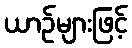
ယာဉ်များဖြင့်